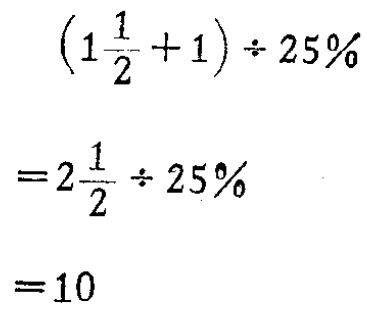
\[
\begin{align*}
\left(1\frac{1}{2}+1\right)\div25\%&=2\frac{1}{2}\div25\%\\
&= 10
\end{align*}
\]